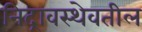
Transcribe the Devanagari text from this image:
निद्रावस्थेवतील